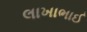
લાખાભાઈ